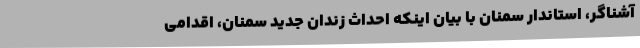
آشناگر، استاندار سمنان با بیان اینکه احداث زندان جدید سمنان، اقدامی